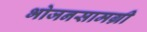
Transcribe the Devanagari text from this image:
भोजनसामग्री